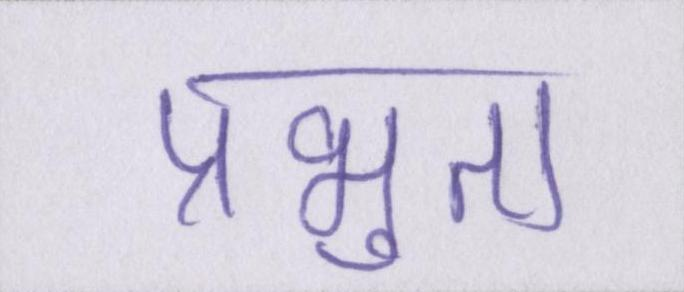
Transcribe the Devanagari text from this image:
प्रभुता